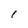
Character: l